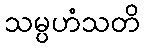
သမ္ပဟံသတိ